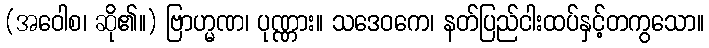
(အဝေါစ၊ ဆို၏။) ဗြာဟ္မဏ၊ ပုဏ္ဏား။ သဒေဝကေ၊ နတ်ပြည်ငါးထပ်နှင့်တကွသော။